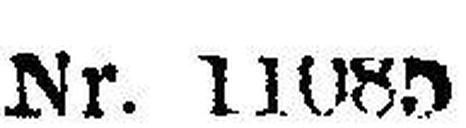
Nr. 11085